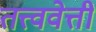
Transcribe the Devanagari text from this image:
तत्त्ववेत्ती